Vaccination Hyderabad 1872-1889 - 1872-1889
Year: 1872
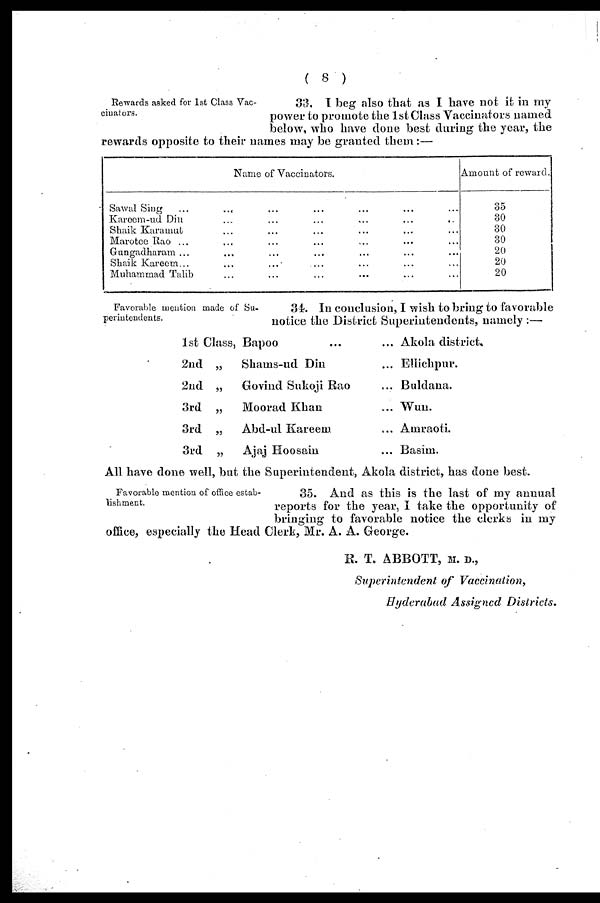
( 8 )
Rewards asked for 1st Class Vac-
cinators.
33. I beg also that as I have not it in my
power to promote the 1st Class Vaccinators named
below, who have done best during the year, the
rewards opposite to their names may be granted them:—
Name of Vaccinators.
Sawal Sing ... ... ... ... ... ... ...
Kareem-ud Din ... ... ... ... ... ... ...
Shaik Karamut ... ... ... ... ... ...
Marotee Rao ... ... ... ... ... ... ...
Gungadharam ... ... ... ... ... ... ... ...
Shaik Kareem... ... ... ... ... ... ...
Muhammad Talib ... ... ... ... ... ... ...
Amount of reward.
35
30
30
30
20
20
20
Favorable mention made of Su-
perintendents.
34. In conclusion, I wish to bring to favorable
notice the District Superintendents, namely:—
1st Class, Bapoo ... ...
2nd „ Shams-ud Din ...
2nd „ Govind Sukoji Rao ...
3rd „ Moorad Khan ...
3rd „ Abd-ul Kareem ...
3rd „ Ajaj Hoosain ...
Akola district.
Ellickpur.
Buldana.
Wun.
Amraoti.
Basim.
All have done well, but the Superintendent, Akola district, has done best.
Favorable mention of office estab-
lishment.
35. And as this is the last of my annual
reports for the year, I take the opportunity of
bringing to favorable notice the clerks in my
office, especially the Head Clerk, Mr. A. A. George.
R. T. ABBOTT, M. D.,
Superintendent of Vaccination,
Hyderabad Assigned Districts.